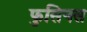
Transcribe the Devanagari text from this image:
फुसिनस